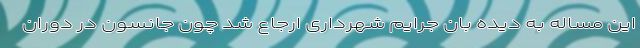
این مساله به دیده بان جرایم شهرداری ارجاع شد چون جانسون در دوران